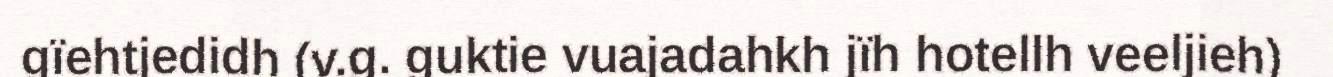
gïehtjedidh (v.g. guktie vuajadahkh jïh hotellh veeljieh)